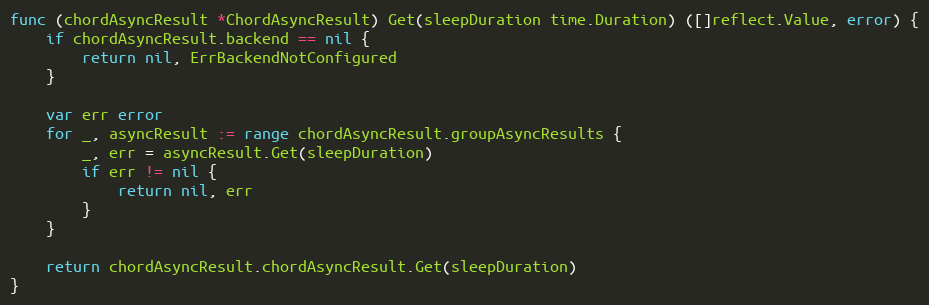
Language: Go
func (chordAsyncResult *ChordAsyncResult) Get(sleepDuration time.Duration) ([]reflect.Value, error) {
	if chordAsyncResult.backend == nil {
		return nil, ErrBackendNotConfigured
	}

	var err error
	for _, asyncResult := range chordAsyncResult.groupAsyncResults {
		_, err = asyncResult.Get(sleepDuration)
		if err != nil {
			return nil, err
		}
	}

	return chordAsyncResult.chordAsyncResult.Get(sleepDuration)
}